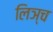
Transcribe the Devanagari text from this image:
लिञ्च